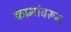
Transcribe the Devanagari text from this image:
कामांवरून